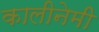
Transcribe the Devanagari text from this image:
कालीनेमी